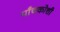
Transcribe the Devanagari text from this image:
पाँचकोशी